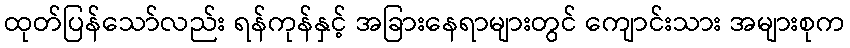
ထုတ်ပြန်သော်လည်း ရန်ကုန်နှင့် အခြားနေရာများတွင် ကျောင်းသား အများစုက